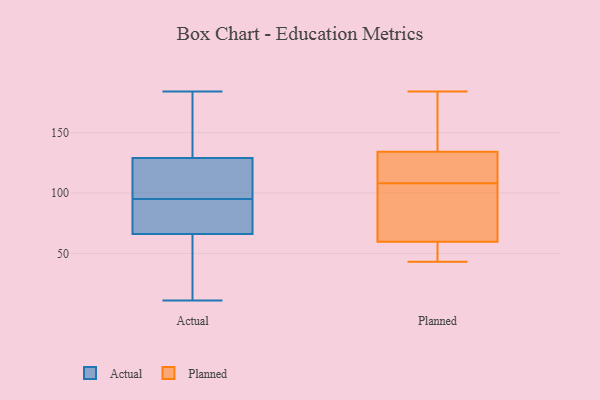
{"axis": {"x": "Headcount", "y": "Value"}, "legend": ["Actual", "Planned"], "data": [{"x": "", "y": 91, "type": "Actual"}, {"x": "", "y": 158, "type": "Actual"}, {"x": "", "y": 63, "type": "Actual"}, {"x": "", "y": 66, "type": "Actual"}, {"x": "", "y": 97, "type": "Actual"}, {"x": "", "y": 54, "type": "Actual"}, {"x": "", "y": 117, "type": "Actual"}, {"x": "", "y": 172, "type": "Actual"}, {"x": "", "y": 129, "type": "Actual"}, {"x": "", "y": 93, "type": "Actual"}, {"x": "", "y": 120, "type": "Actual"}, {"x": "", "y": 184, "type": "Actual"}, {"x": "", "y": 11, "type": "Actual"}, {"x": "", "y": 82, "type": "Actual"}, {"x": "", "y": 44, "type": "Planned"}, {"x": "", "y": 142, "type": "Planned"}, {"x": "", "y": 88, "type": "Planned"}, {"x": "", "y": 128, "type": "Planned"}, {"x": "", "y": 87, "type": "Planned"}, {"x": "", "y": 55, "type": "Planned"}, {"x": "", "y": 58, "type": "Planned"}, {"x": "", "y": 184, "type": "Planned"}, {"x": "", "y": 43, "type": "Planned"}, {"x": "", "y": 118, "type": "Planned"}, {"x": "", "y": 60, "type": "Planned"}, {"x": "", "y": 133, "type": "Planned"}, {"x": "", "y": 161, "type": "Planned"}, {"x": "", "y": 108, "type": "Planned"}, {"x": "", "y": 138, "type": "Planned"}, {"x": "", "y": 118, "type": "Planned"}, {"x": "", "y": 103, "type": "Planned"}]}